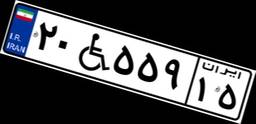
۲۰W۵۵۹۱۵